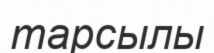
тарсылы